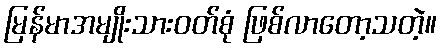
မြန်မာအမျိုးသားဝတ်စုံ ဖြစ်လာတော့သတဲ့။